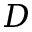
D